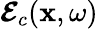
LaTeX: \boldsymbol{\mathcal{E}}_{c}(\mathbf{x},\omega)